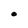
Character: O